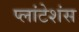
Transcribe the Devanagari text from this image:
प्लांटेशंस